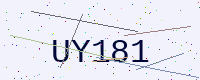
Text: UY181